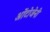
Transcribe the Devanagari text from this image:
ओंटोजेनी